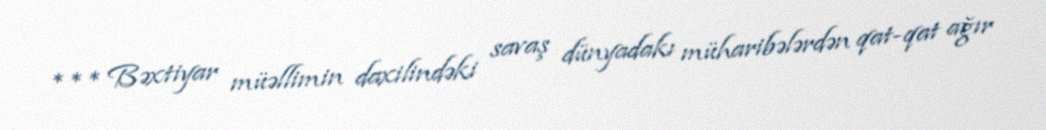
*** Bəxtiyar müəllimin daxilindəki savaş dünyadakı müharibələrdən qat-qat ağır